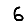
Digit: 6